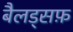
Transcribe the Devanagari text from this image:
बैलड्सफ़